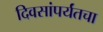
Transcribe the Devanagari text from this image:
दिवसांपर्यंतचा